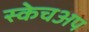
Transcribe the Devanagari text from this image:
स्केचअप